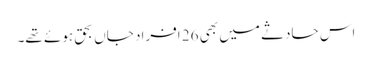
اس حادثے میں بھی 26 افراد جاں بحق ہوئے تھے۔